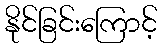
နိုင်ခြင်းကြောင့်